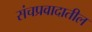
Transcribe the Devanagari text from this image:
संचप्रवादातील